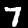
Label: 7